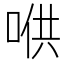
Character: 𱓋